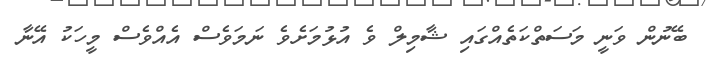
ބޭނުން ވަނީ މަސަތްކަތެއްގައި ޝާމިލް ވެ އުޅުމަށެވެ ނަމަވެސް އެއްވެސް މީހަކު އޭނާ